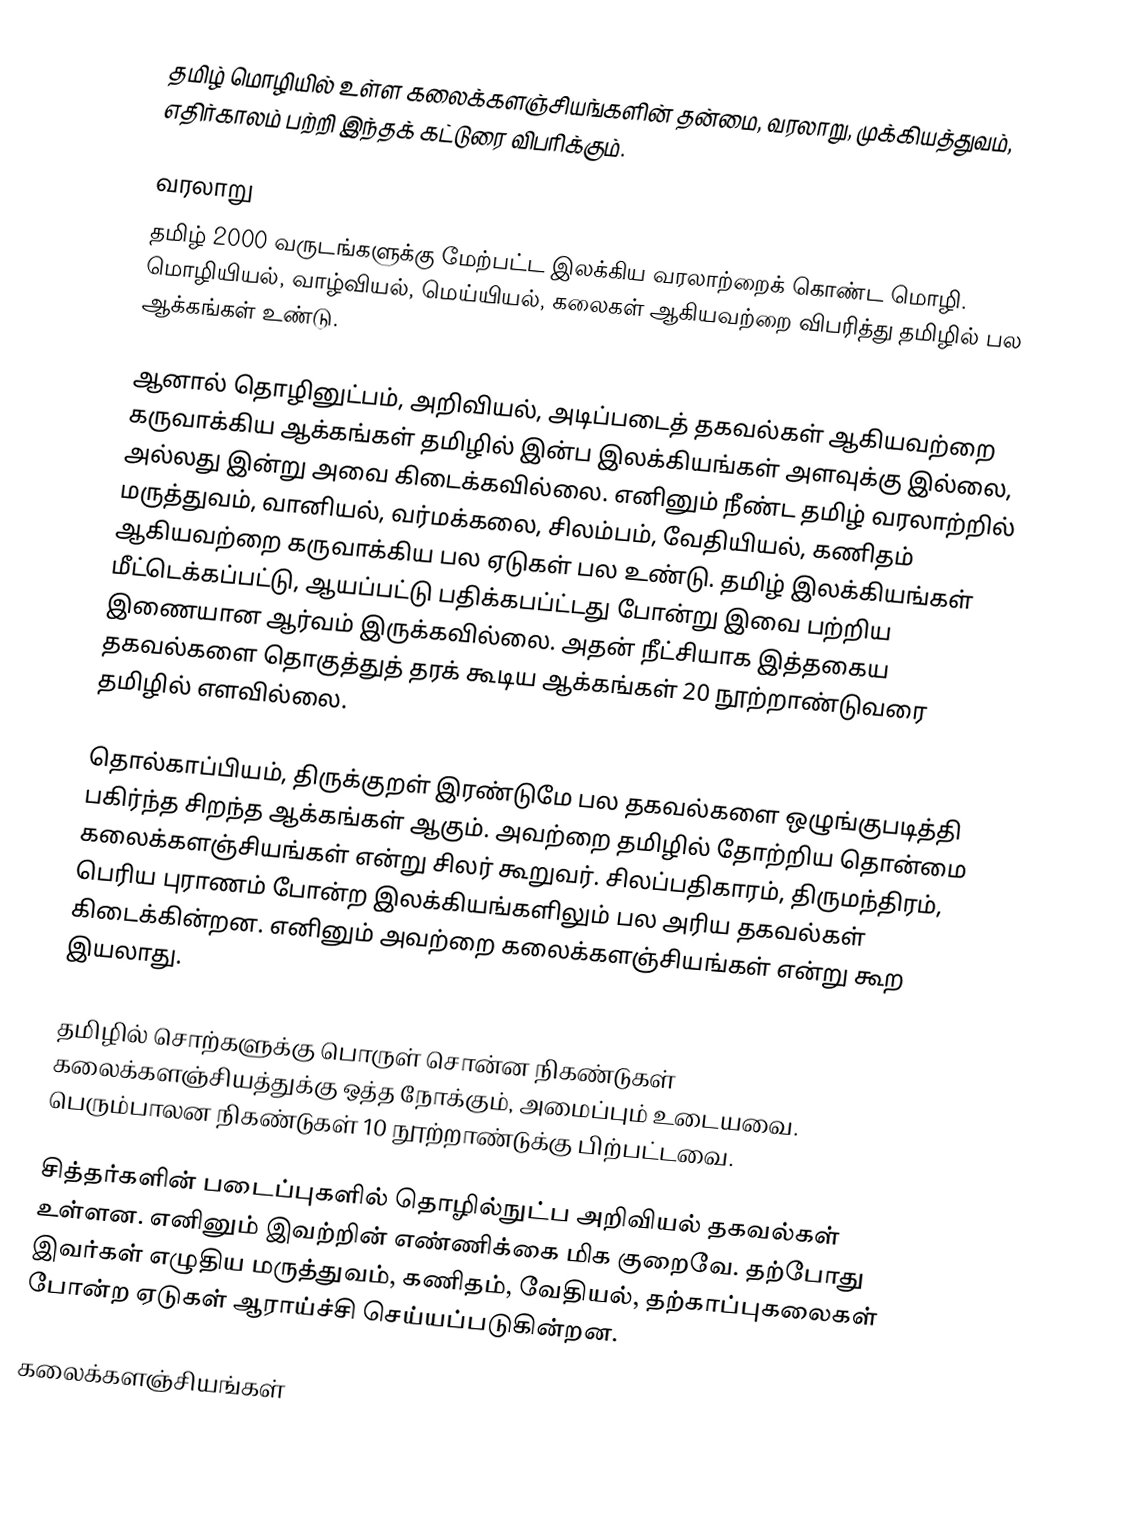
தமிழ் மொழியில் உள்ள கலைக்களஞ்சியங்களின் தன்மை, வரலாறு, முக்கியத்துவம், எதிர்காலம் பற்றி இந்தக் கட்டுரை விபரிக்கும்.

வரலாறு
தமிழ் 2000 வருடங்களுக்கு மேற்பட்ட இலக்கிய வரலாற்றைக் கொண்ட மொழி.  மொழியியல், வாழ்வியல், மெய்யியல், கலைகள் ஆகியவற்றை விபரித்து தமிழில் பல ஆக்கங்கள் உண்டு.

ஆனால் தொழினுட்பம், அறிவியல், அடிப்படைத் தகவல்கள் ஆகியவற்றை கருவாக்கிய ஆக்கங்கள் தமிழில் இன்ப இலக்கியங்கள் அளவுக்கு இல்லை, அல்லது இன்று அவை கிடைக்கவில்லை.  எனினும் நீண்ட தமிழ் வரலாற்றில் மருத்துவம், வானியல், வர்மக்கலை, சிலம்பம், வேதியியல், கணிதம் ஆகியவற்றை கருவாக்கிய பல ஏடுகள் பல உண்டு.  தமிழ் இலக்கியங்கள் மீட்டெக்கப்பட்டு, ஆயப்பட்டு பதிக்கபப்ட்டது போன்று இவை பற்றிய இணையான ஆர்வம் இருக்கவில்லை.  அதன் நீட்சியாக இத்தகைய தகவல்களை தொகுத்துத் தரக் கூடிய ஆக்கங்கள் 20 நூற்றாண்டுவரை தமிழில் எளவில்லை.

தொல்காப்பியம், திருக்குறள் இரண்டுமே பல தகவல்களை ஒழுங்குபடித்தி பகிர்ந்த சிறந்த ஆக்கங்கள் ஆகும்.  அவற்றை தமிழில் தோற்றிய தொன்மை கலைக்களஞ்சியங்கள் என்று சிலர் கூறுவர்.  சிலப்பதிகாரம், திருமந்திரம், பெரிய புராணம் போன்ற இலக்கியங்களிலும் பல அரிய தகவல்கள் கிடைக்கின்றன.  எனினும் அவற்றை கலைக்களஞ்சியங்கள் என்று கூற இயலாது.

தமிழில் சொற்களுக்கு பொருள் சொன்ன நிகண்டுகள் கலைக்களஞ்சியத்துக்கு ஒத்த நோக்கும், அமைப்பும் உடையவை.  பெரும்பாலன நிகண்டுகள் 10 நூற்றாண்டுக்கு பிற்பட்டவை.

சித்தர்களின் படைப்புகளில் தொழில்நுட்ப அறிவியல் தகவல்கள் உள்ளன.  எனினும் இவற்றின் எண்ணிக்கை மிக குறைவே.  தற்போது இவர்கள் எழுதிய மருத்துவம், கணிதம், வேதியல், தற்காப்புகலைகள் போன்ற ஏடுகள் ஆராய்ச்சி செய்யப்படுகின்றன.

கலைக்களஞ்சியங்கள்